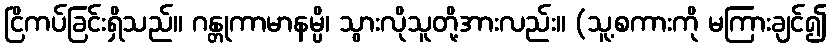
ငြိကပ်ခြင်းရှိသည်။ ဂန္တုကာမာနမ္ပိ၊ သွားလိုသူတို့အားလည်း။ (သူ့စကားကို မကြားချင်၍